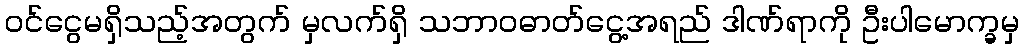
ဝင်ငွေမရှိသည့်အတွက် မှလက်ရှိ သဘာဝဓာတ်ငွေ့အရည် ဒါဏ်ရာကို ဦးပါမောက္ခမှ